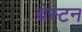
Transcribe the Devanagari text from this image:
चेस्टन